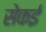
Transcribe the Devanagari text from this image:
सेकई